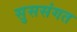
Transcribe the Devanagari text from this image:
सुससंगत